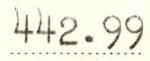
442.99